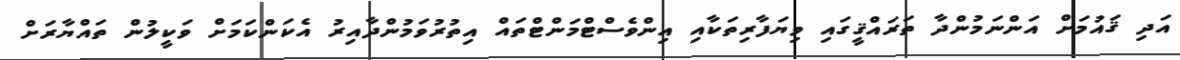
އަދި ޤައުމަށް އަންނަމުންދާ ތަރައްޤީގައި ވިޔަފާރިތަކާއި އިންވެސްޓްމަންޓްތައް އިތުރުވަމުންދާއިރު އެކަންކަމަށް ވަކީލުން ތައްޔާރަށް